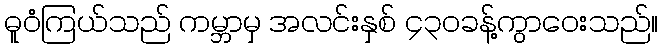
ဓူဝံကြယ်သည် ကမ္ဘာမှ အလင်းနှစ် ၄၃၀ခန့်ကွာဝေးသည်။